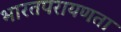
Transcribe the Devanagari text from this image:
भारतपरायणता